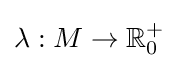
\lambda :M\to \mathbb {R} _{0}^{+}